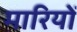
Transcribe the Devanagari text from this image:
मारियों